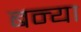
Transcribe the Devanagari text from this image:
बन्या